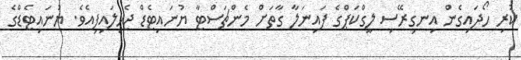
ކުރި ހޯދައިގެން އިިނގިރޭސި ލީގްކަޕްގެ ފައިނަލާ ގާތަށް މެންޗަސްޓާ ޔުނައިޓެޑް ޖެހިލައިފިއެވެ. ޔުނައިޓެޑްގެ